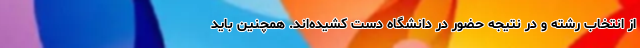
از انتخاب رشته و در نتیجه حضور در دانشگاه دست کشیده‌اند. همچنین باید